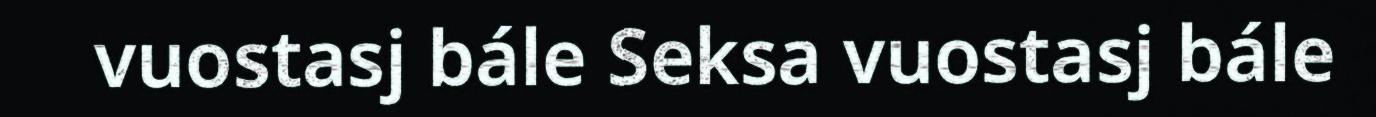
vuostasj bále Seksa vuostasj bále